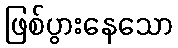
ဖြစ်ပွားနေသော